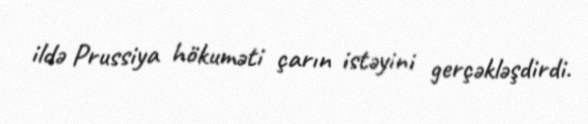
ildə Prussiya hökuməti çarın istəyini gerçəkləşdirdi.